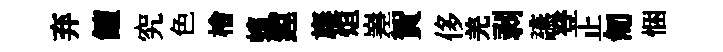
弃饘究色檜蠙鏜旛烜嵳賀侈羌剥讌登止匍悃